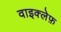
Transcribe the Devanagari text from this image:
वाइक्लेफ़